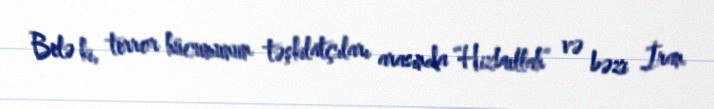
Belə ki, terror hücumunun təşkilatçıları arasında “Hizbullah” və bəzi İran